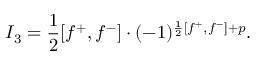
I _ { 3 } = \frac { 1 } { 2 } [ f ^ { + } , f ^ { - } ] \cdot ( - 1 ) ^ { \frac { 1 } { 2 } [ f ^ { + } , f ^ { - } ] + p } .